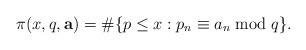
LaTeX: \begin{align*}\pi(x,q,{\bf{a}})=\#\{p\leq x: p_n\equiv a_n \bmod q\}.\end{align*}